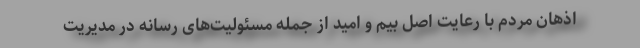
اذهان مردم با رعایت اصل بیم و امید از جمله مسئولیت‌های رسانه در مدیریت